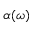
\alpha ( \omega )